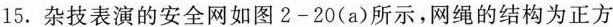
15. 杂技表演的安全网如图2-20(a)所示，网绳的结构为正方